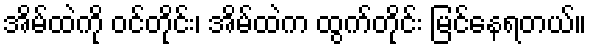
အိမ်ထဲကို ဝင်တိုင်း၊ အိမ်ထဲက ထွက်တိုင်း မြင်နေရတယ်။